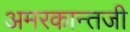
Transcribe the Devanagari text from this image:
अमरकान्तजी